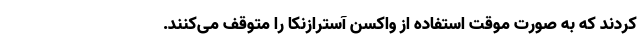
کردند که به صورت موقت استفاده از واکسن آسترازنکا را متوقف می‌کنند.